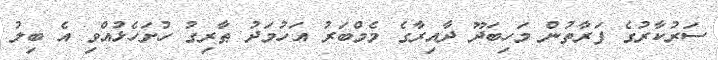
ސަރުކާރުގެ ފަރާތުން މަހިބަދޫ ދާއިރާގެ މެމްބަރު އަހުމަދު ޠާރިގު ހުށަހެޅުއްވި އެ ބިލު